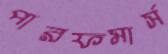
পারফমার্স